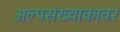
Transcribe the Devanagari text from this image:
अल्पसंख्याकावर